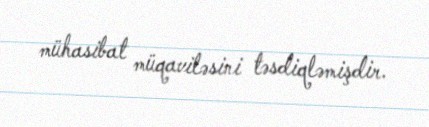
mühasibat müqaviləsini təsdiqləmişdir.